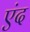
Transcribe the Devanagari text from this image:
एंद